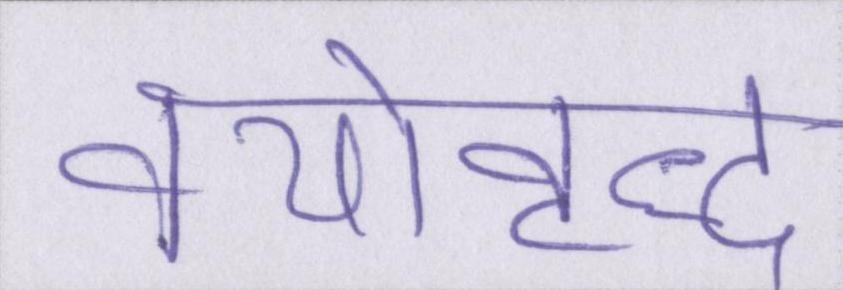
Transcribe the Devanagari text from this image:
वयोवृद्ध